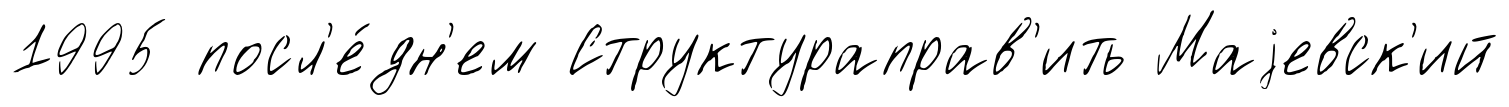
1995 посл'е́дн'ем Структураправ'ить Маjевск'ий